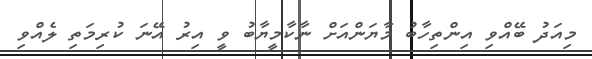
މިއަދު ބޭއްވި އިންތިހާބު މާޔަންއަށް ނާކާމީޔާބު ވީ އިރު އޭނަ ކުރިމަތި ލެއްވި